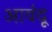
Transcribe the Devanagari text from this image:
आवंदू